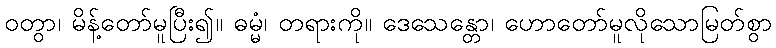
ဝတွာ၊ မိန့်တော်မူပြီး၍။ ဓမ္မံ၊ တရားကို။ ဒေသေန္တော၊ ဟောတော်မူလိုသောမြတ်စွာ